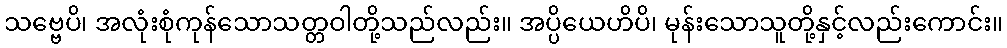
သဗ္ဗေပိ၊ အလုံးစုံကုန်သောသတ္တဝါတို့သည်လည်း။ အပ္ပိယေဟိပိ၊ မုန်းသောသူတို့နှင့်လည်းကောင်း။